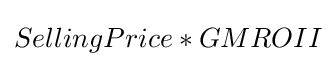
SellingPrice*GMROII